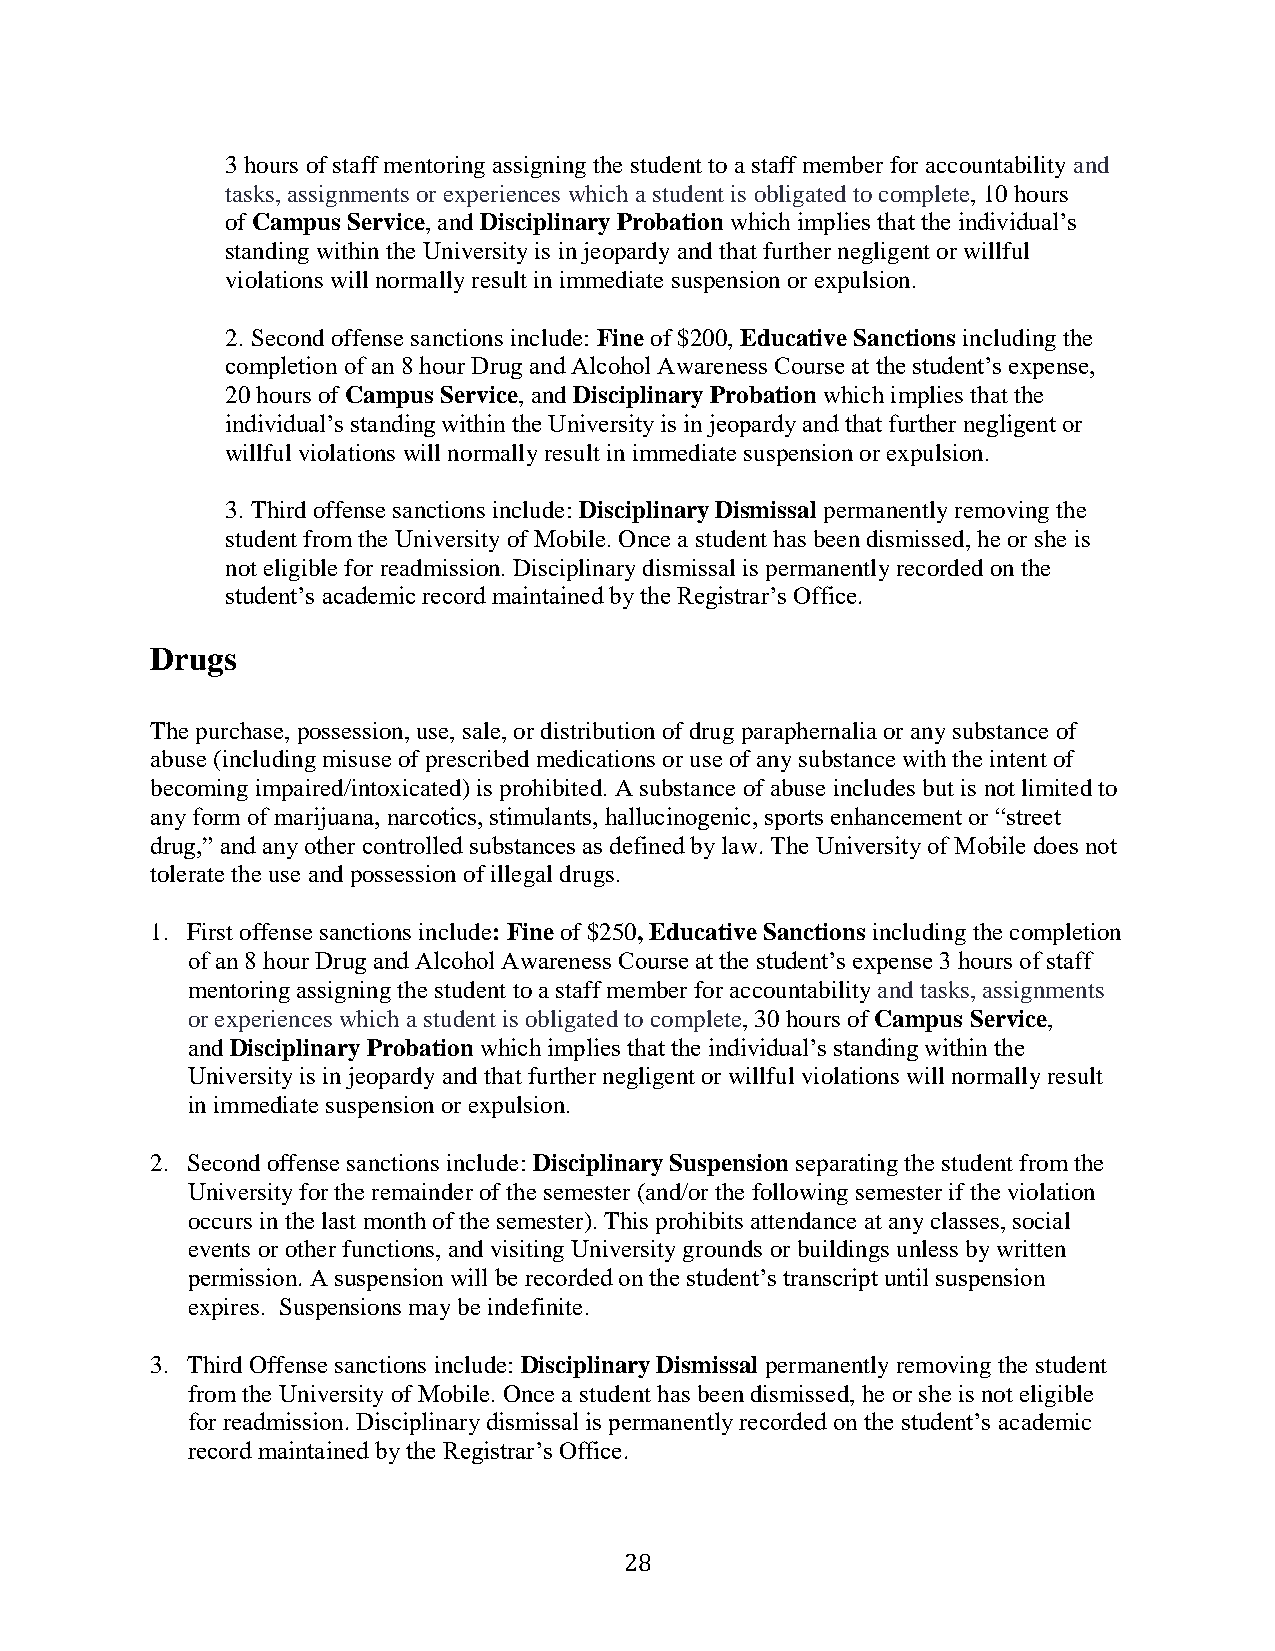
3 hours of staff mentoring assigning the student to a staff member for accountability and
 tasks, assignments or experiences which a student is obligated to complete, 10 hours
 of Campus Service, and Disciplinary Probation which implies that the individual’s
 standing within the University is in jeopardy and that further negligent or willful
 violations will normally result in immediate suspension or expulsion.
 2. Second offense sanctions include: Fine of $200, Educative Sanctions including the
 completion of an 8 hour Drug and Alcohol Awareness Course at the student’s expense,
 20 hours of Campus Service, and Disciplinary Probation which implies that the
 individual’s standing within the University is in jeopardy and that further negligent or
 willful violations will normally result in immediate suspension or expulsion.
 3. Third offense sanctions include: Disciplinary Dismissal permanently removing the
 student from the University of Mobile. Once a student has been dismissed, he or she is
 not eligible for readmission. Disciplinary dismissal is permanently recorded on the
 student’s academic record maintained by the Registrar’s Office.
 Drugs
 The purchase, possession, use, sale, or distribution of drug paraphernalia or any substance of
 abuse (including misuse of prescribed medications or use of any substance with the intent of
 becoming impaired/intoxicated) is prohibited. A substance of abuse includes but is not limited to
 any form of marijuana, narcotics, stimulants, hallucinogenic, sports enhancement or “street
 drug,” and any other controlled substances as defined by law. The University of Mobile does not
 tolerate the use and possession of illegal drugs.
 1. First offense sanctions include: Fine of $250, Educative Sanctions including the completion
 of an 8 hour Drug and Alcohol Awareness Course at the student’s expense 3 hours of staff
 mentoring assigning the student to a staff member for accountability and tasks, assignments
 or experiences which a student is obligated to complete, 30 hours of Campus Service,
 and Disciplinary Probation which implies that the individual’s standing within the
 University is in jeopardy and that further negligent or willful violations will normally result
 in immediate suspension or expulsion.
 2. Second offense sanctions include: Disciplinary Suspension separating the student from the
 University for the remainder of the semester (and/or the following semester if the violation
 occurs in the last month of the semester). This prohibits attendance at any classes, social
 events or other functions, and visiting University grounds or buildings unless by written
 permission. A suspension will be recorded on the student’s transcript until suspension
 expires. Suspensions may be indefinite.
 3. Third Offense sanctions include: Disciplinary Dismissal permanently removing the student
 from the University of Mobile. Once a student has been dismissed, he or she is not eligible
 for readmission. Disciplinary dismissal is permanently recorded on the student’s academic
 record maintained by the Registrar’s Office.
 28